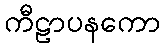
ကီဠာပနကော